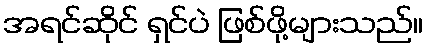
အရင်ဆိုင် ရှင်ပဲ ဖြစ်ဖို့များသည်။